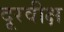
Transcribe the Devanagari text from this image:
दूरवीक्ष